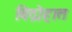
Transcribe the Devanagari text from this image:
विद्रोहात